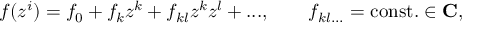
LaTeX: f ( z ^ { i } ) = f _ { 0 } + f _ { k } z ^ { k } + f _ { k l } z ^ { k } z ^ { l } + . . . , \qquad f _ { k l . . . } = \mathrm { c o n s t . } \in { \bf C } ,